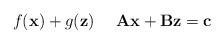
\begin{align*} \ \ f(\mathbf{x}) + g(\mathbf{z}) \ \ \ \ \mathbf{Ax}+ \mathbf{Bz} = \mathbf{c}\end{align*}